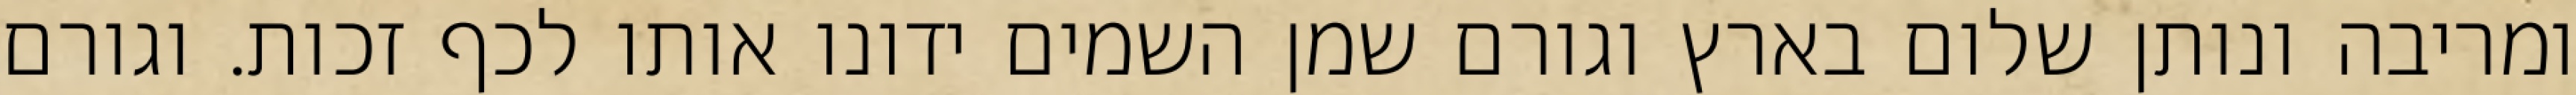
ומריבה ונותן שלום בארץ וגורם שמן השמים ידונו אותו לכף זכות. וגורם